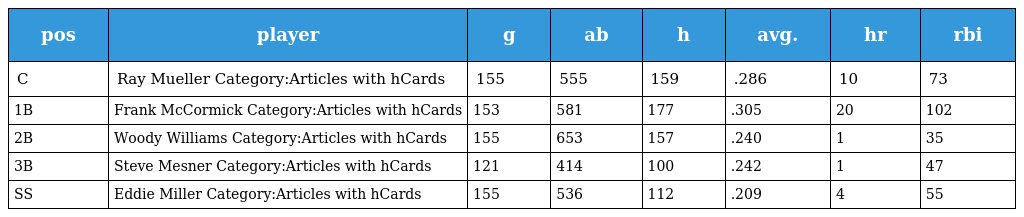
| pos | player | g | ab | h | avg. | hr | rbi |
 | --- | --- | --- | --- | --- | --- | --- | --- |
 | C | Ray Mueller Category:Articles with hCards | 155 | 555 | 159 | .286 | 10 | 73 |
 | 1B | Frank McCormick Category:Articles with hCards | 153 | 581 | 177 | .305 | 20 | 102 |
 | 2B | Woody Williams Category:Articles with hCards | 155 | 653 | 157 | .240 | 1 | 35 |
 | 3B | Steve Mesner Category:Articles with hCards | 121 | 414 | 100 | .242 | 1 | 47 |
 | SS | Eddie Miller Category:Articles with hCards | 155 | 536 | 112 | .209 | 4 | 55 |